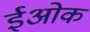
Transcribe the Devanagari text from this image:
ईओक